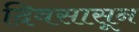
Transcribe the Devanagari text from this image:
दिवसासून